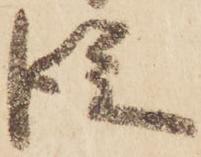
従